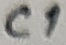
Text: C1